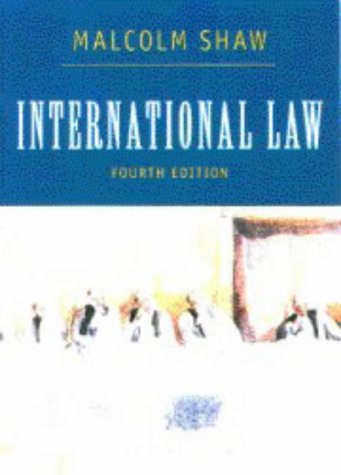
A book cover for International Law; Malcolm N. Shaw; Law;